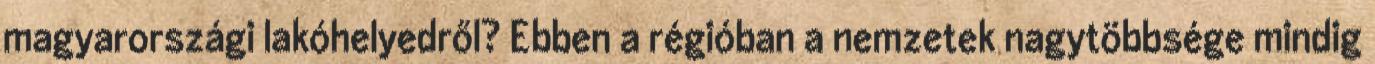
magyarországi lakóhelyedről? Ebben a régióban a nemzetek nagytöbbsége mindig